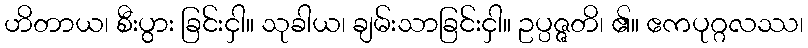
ဟိတာယ၊ စီးပွား ခြင်းငှါ။ သုခါယ၊ ချမ်းသာခြင်းငှါ။ ဥပ္ပဇ္ဇတိ၊ ၏။ ဧကပုဂ္ဂလဿ၊